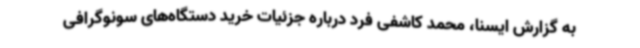
به گزارش ایسنا، محمد کاشفی فرد درباره جزئیات خرید دستگاه‌های سونوگرافی